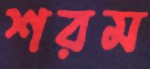
শরম